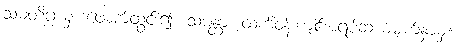
သမတိဂ္ဂယှ၊ ဖောက်ထွင်း၍။ သမန္တာ၊ ထက်ဝန်းကျင်အရပ်ဆယ်မျက်နှာမှ။